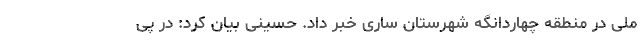
ملی در منطقه چهاردانگه شهرستان ساری خبر داد. حسینی بیان کرد: در پی